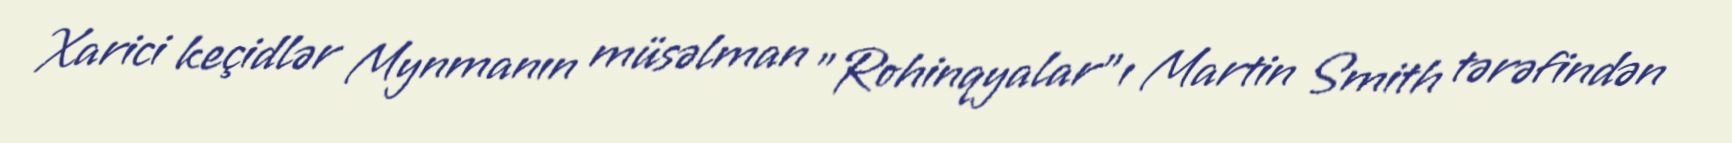
Xarici keçidlər Mynmanın müsəlman "Rohinqyalar"ı Martin Smith tərəfindən